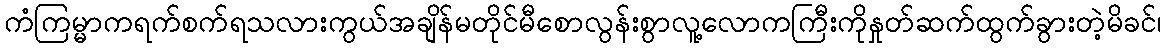
ကံကြမ္မာကရက်စက်ရသလားကွယ်အချိန်မတိုင်မီစောလွန်းစွာလူ့လောကကြီးကိုနှုတ်ဆက်ထွက်ခွားတဲ့မိခင်၊